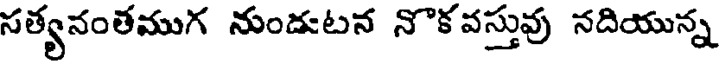
సత్యనంతముగ నుండుటన నొకవస్తువు నదియున్న